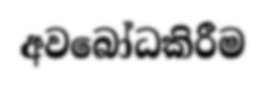
අවබෝධකිරීම